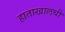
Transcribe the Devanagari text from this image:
हाताखालची